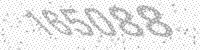
Solution: 165088